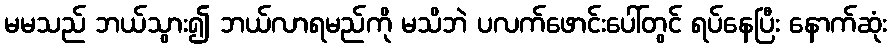
မမသည် ဘယ်သွား၍ ဘယ်လာရမည်ကို မသိဘဲ ပလက်ဖောင်းပေါ်တွင် ရပ်နေပြီး နောက်ဆုံး